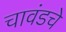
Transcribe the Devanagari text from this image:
चावंडचे